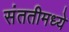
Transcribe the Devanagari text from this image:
संततीमध्ये